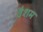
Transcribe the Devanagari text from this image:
वैशम